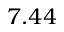
7 . 4 4